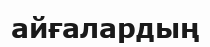
айғалардың